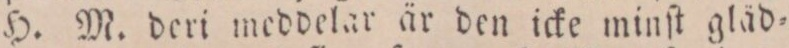
H. M. deri meddelar är den icke minſt gläd=